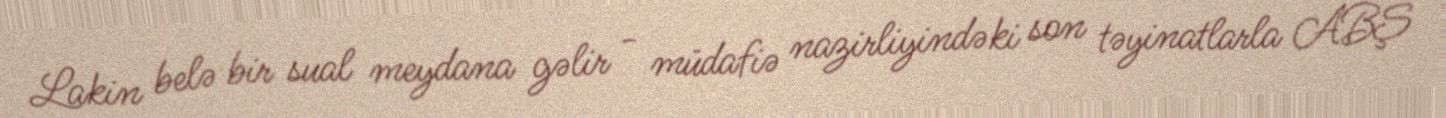
Lakin belə bir sual meydana gəlir - müdafiə nazirliyindəki son təyinatlarla ABŞ